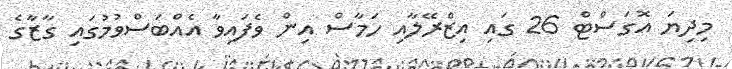
މިދިޔަ އޮގަސްޓް 26 ގައި އިޒްރޭލާއި ހަމާސް އިން ވެފައިވާ އެއްބަސްވުމުގައި ގާޒާގެ